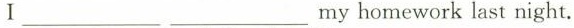
Ⅰ ___ ___my homework last night.